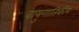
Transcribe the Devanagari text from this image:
वायुगातिकीय